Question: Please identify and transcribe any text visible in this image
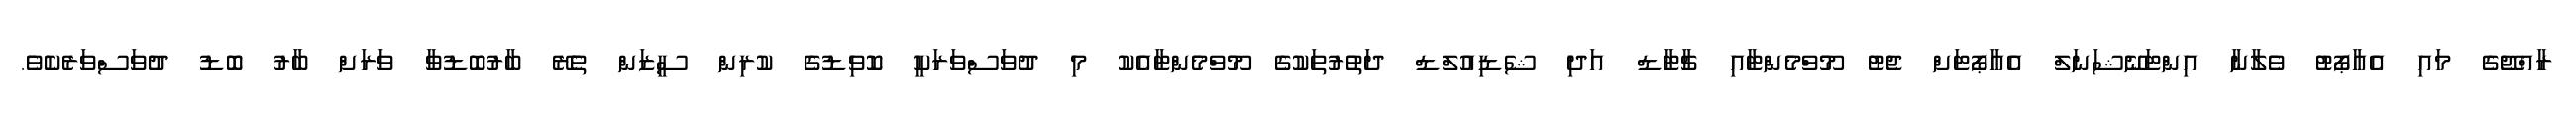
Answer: ރާއްޖޭގެ މައި އެއާޕޯޓު ވެލާނާ އިންޓަނޭޝަނަލް އެއާޕޯޓަށް ޖެޓު މޫވްމެންޓާއި ޗާޓާޑް އަދި ޝެޑިއުލްޑް ދަތުރުތަކުގެ މޫވްމެންޓާއެކު މި ދުވަސްވަރަކީ ކޮވިޑުގެ ކުރިން ސީޒަން ތެރޭ ބާރުބޮޑުވާ ވަރަށް ބާރު ބޮޑު ދުވަސްވަރެކެވެ.